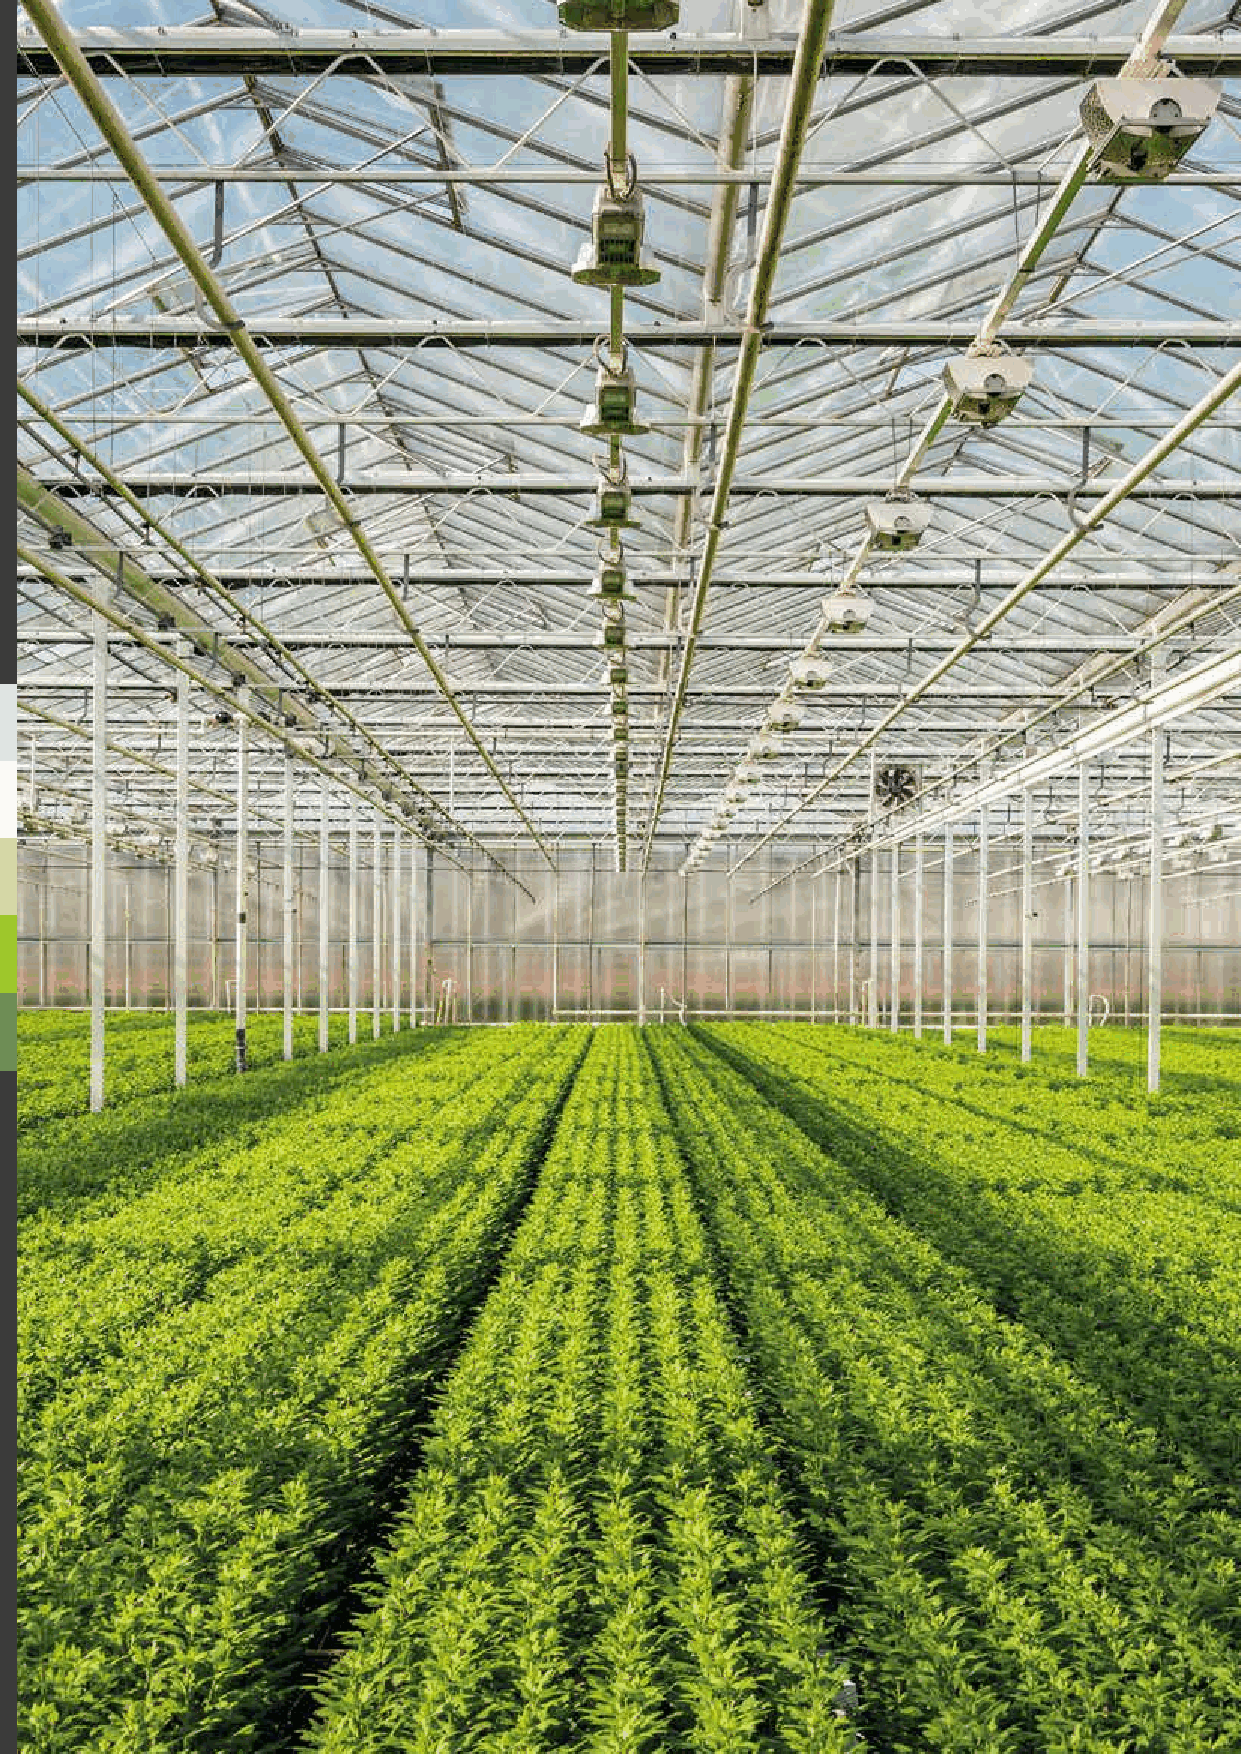
Hortus Supplies International                                  Catalog 6